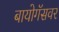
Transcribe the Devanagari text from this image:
बायोगॅसवर